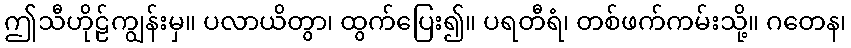
ဤသီဟိုဠ်ကျွန်းမှ။ ပလာယိတွာ၊ ထွက်ပြေး၍။ ပရတီရံ၊ တစ်ဖက်ကမ်းသို့။ ဂတေန၊